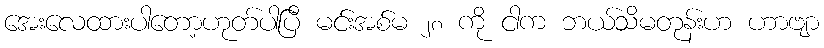
အေးလေထားပါတော့ဟုတ်ပါပြီ မင်းအစ်မ ၂၈ ကို ငါက ဘယ်သိမတုန်းဟ ဟာဗျာ